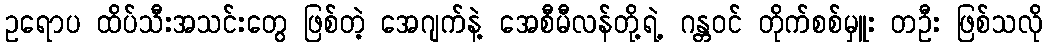
ဥရောပ ထိပ်သီးအသင်းတွေ ဖြစ်တဲ့ အေဂျက်နဲ့ အေစီမီလန်တို့ရဲ့ ဂန္တဝင် တိုက်စစ်မှူး တဦး ဖြစ်သလို